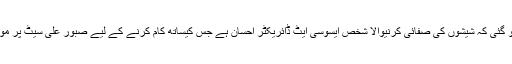
بعدازاں اس کی بات کی تصدیق ہو گئی کہ شیشوں کی صفائی کرنیوالا شخص ایسوسی ایٹ ڈائریکٹر احسان ہے جس کیساتھ کام کرنے کے لیے صبور علی سیٹ پر موجود تھیں اور وہ ان کا دوست تھا۔